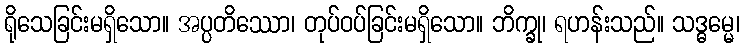
ရိုသေခြင်းမရှိသော။ အပ္ပတိဿော၊ တုပ်ဝပ်ခြင်းမရှိသော။ ဘိက္ခု၊ ရဟန်းသည်။ သဒ္ဓမ္မေ၊